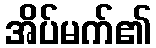
အိပ်မက်၏